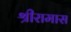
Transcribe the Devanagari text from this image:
श्रीरामास